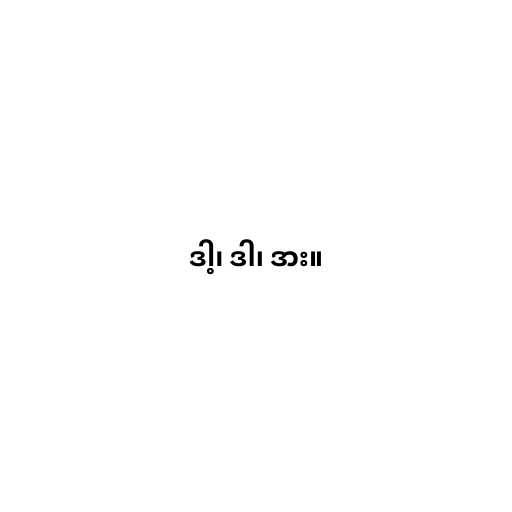
ဒါ့၊ ဒါ၊ ဒား။